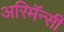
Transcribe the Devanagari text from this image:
अरिमॅन्सी